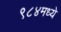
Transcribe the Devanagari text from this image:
९८४मध्ये